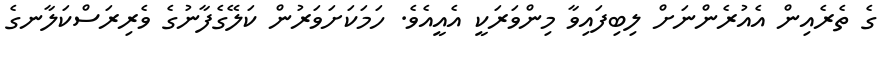
ގެ ތެރެއިން އެއުރެންނަށް ލިބިފައިވާ މިންވަރަކީ އެއީއެވެ. ހަމަކަށަވަރުން ކަލޭގެފާނުގެ ވެރިރަސްކަލާނގެ